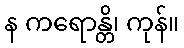
န ကရောန္တိ၊ ကုန်။